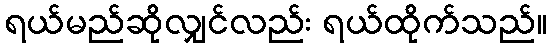
ရယ်မည်ဆိုလျှင်လည်း ရယ်ထိုက်သည်။